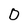
Character: 0